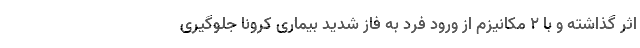
اثر گذاشته و با 2 مکانیزم از ورود فرد به فاز شدید بیماری کرونا جلوگیری